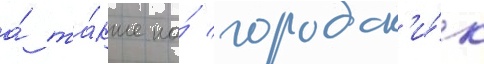
а́ та́кже на́ городск'и́х